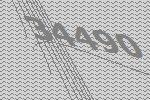
34490